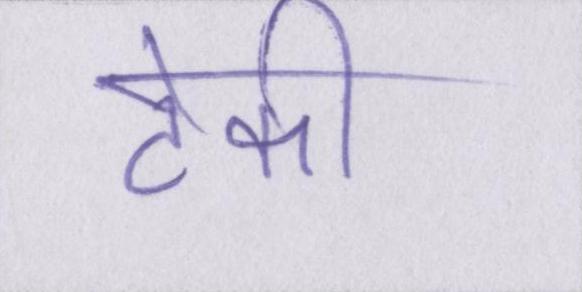
टेकी